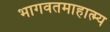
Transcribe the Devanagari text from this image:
भागवतमाहात्म्य